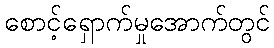
စောင့်ရှောက်မှုအောက်တွင်